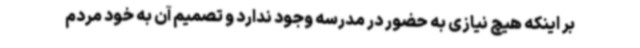
بر اینکه هیچ نیازی به حضور در مدرسه وجود ندارد و تصمیم آن به خود مردم